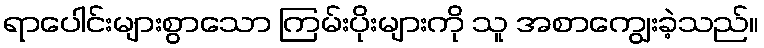
ရာပေါင်းများစွာသော ကြမ်းပိုးများကို သူ အစာကျွေးခဲ့သည်။